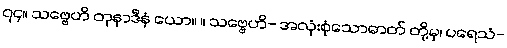
၇၄။ သဗ္ဗေဟိ တုနာဒီနံ ယော။ ။ သဗ္ဗေဟိ- အလုံးစုံသောဓာတ် တို့မှ၊ ပရေသံ-